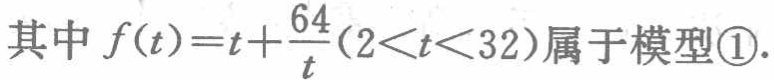
其中 \(f(t)=t+\frac{64}{t}(2<t<32)\)属于模型\textcircled{1}.